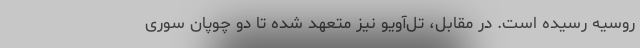
روسیه رسیده است. در مقابل، تل‌آویو نیز متعهد شده تا دو چوپان سوری